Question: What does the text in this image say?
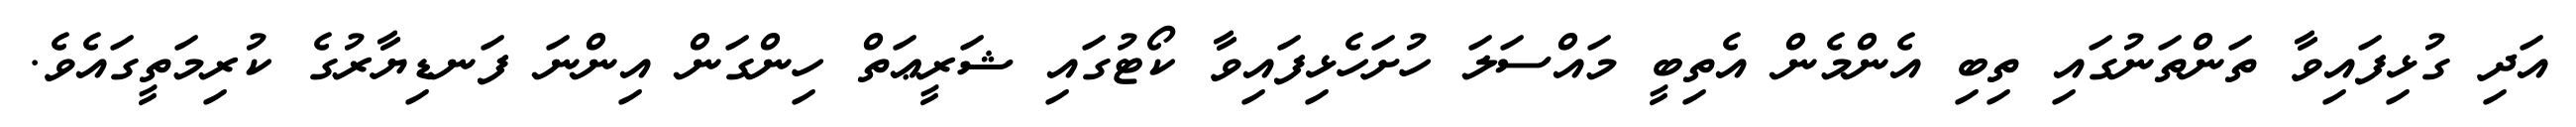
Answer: އަދި ގުޅިފައިވާ ތަންތަނުގައި ތިބި އެންމެން އެތިބީ މައްސަލަ ހުށަހެޅިފައިވާ ކޯޓުގައި ޝަރީޢަތް ހިންގަން އިންނަ ފަނޑިޔާރުގެ ކުރިމަތީގައެވެ.